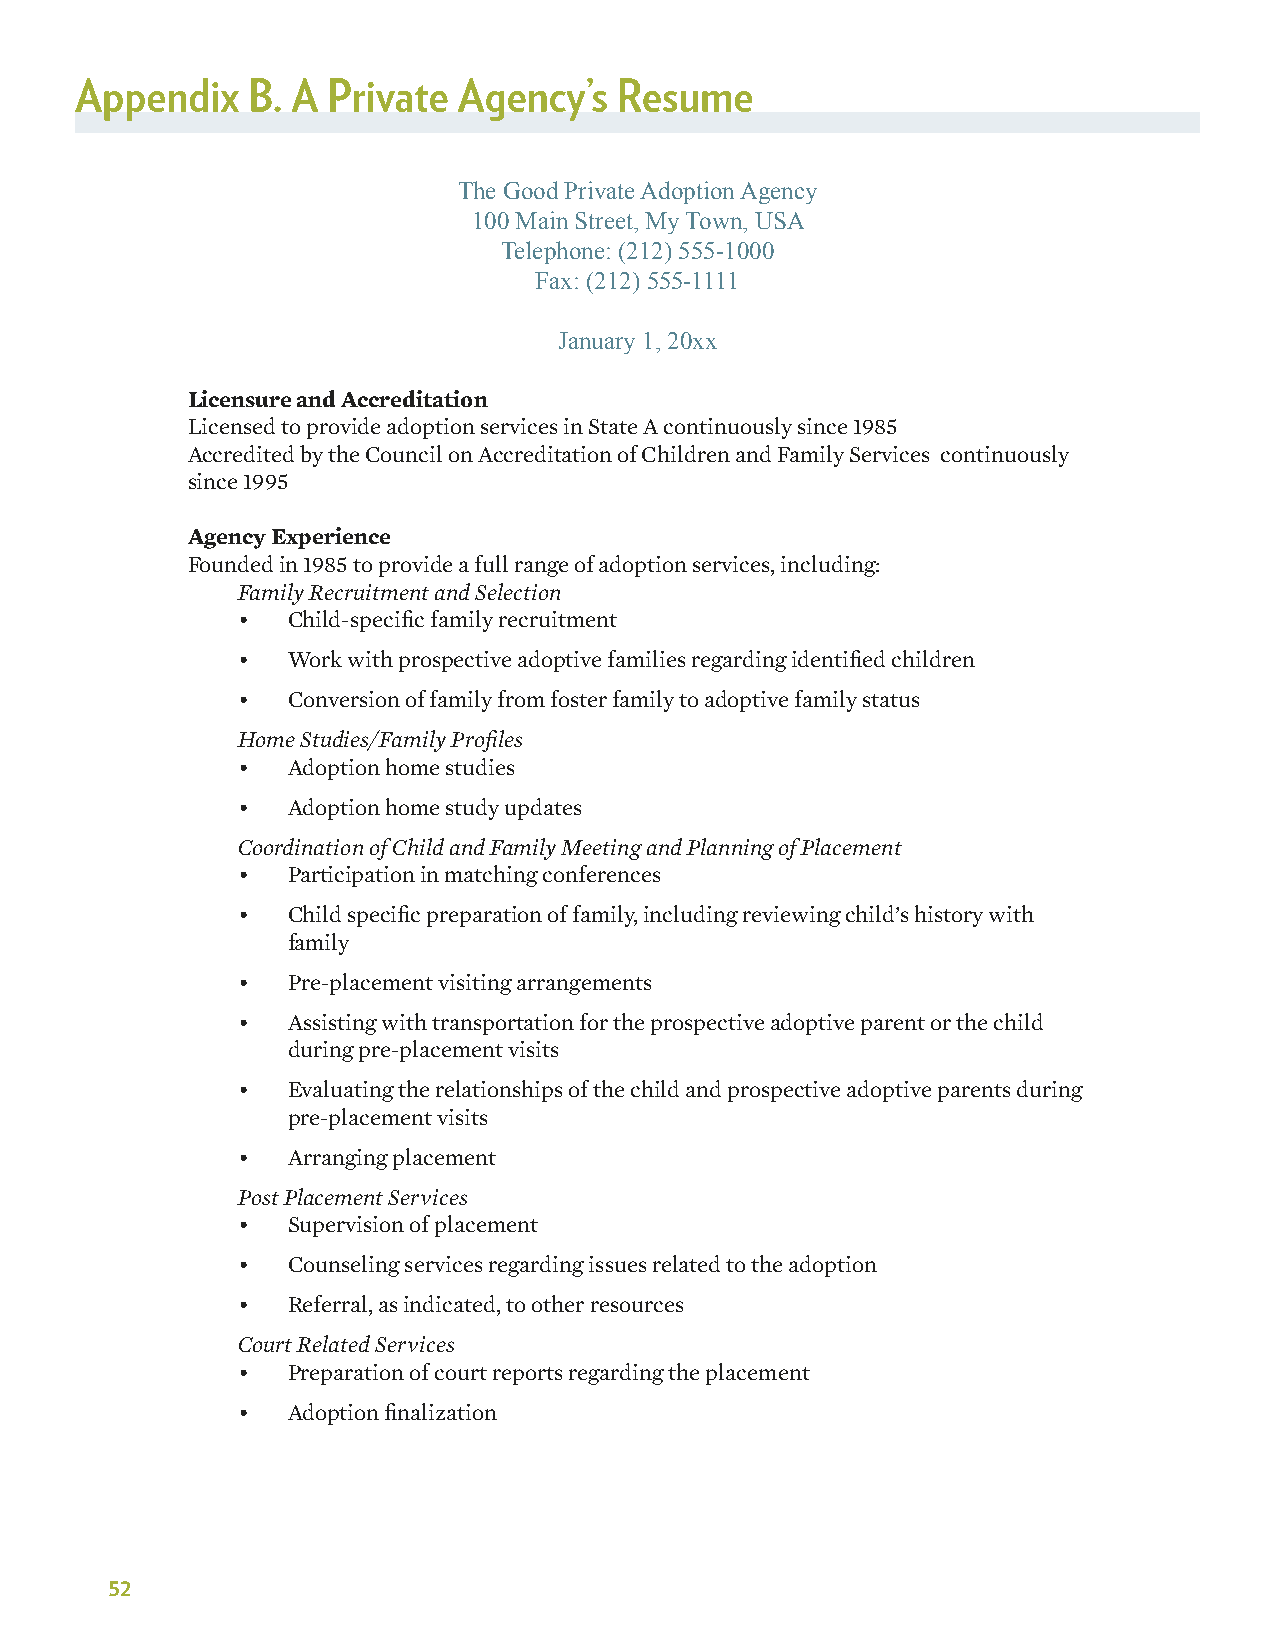
Appendix   B. A  Private Agency’s   Resume
 The Good Private Adoption Agency
 100 Main Street, My Town, USA
 Telephone: (212) 555-1000
 Fax: (212) 555-1111
 January 1, 20xx
 Licensure and Accreditation
 Licensed to provide adoption services in State A continuously since 1985
 Accredited by the Council on Accreditation of Children and Family Services continuously
 since 1995
 Agency Experience
 Founded in 1985 to provide a full range of adoption services, including:
 Family Recruitment and Selection
 •  Child-specific family recruitment
 •  Work with prospective adoptive families regarding identified children
 •  Conversion of family from foster family to adoptive family status
 Home Studies/Family Profiles
 •  Adoption home studies
 •  Adoption home study updates
 Coordination of Child and Family Meeting and Planning of Placement
 •  Participation in matching conferences
 •  Child specific preparation of family, including reviewing child’s history with
 family
 •  Pre-placement visiting arrangements
 •  Assisting with transportation for the prospective adoptive parent or the child
 during pre-placement visits
 •  Evaluating the relationships of the child and prospective adoptive parents during
 pre-placement visits
 •  Arranging placement
 Post Placement Services
 •  Supervision of placement
 •  Counseling services regarding issues related to the adoption
 •  Referral, as indicated, to other resources
 Court Related Services
 •  Preparation of court reports regarding the placement
 •  Adoption finalization
 52